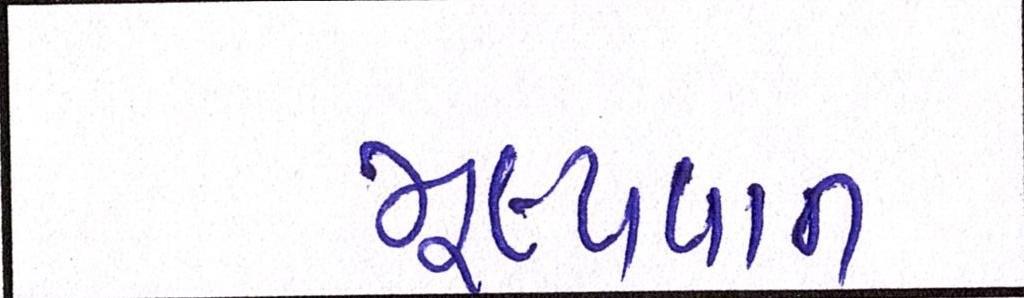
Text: મૂલ્યવાન